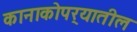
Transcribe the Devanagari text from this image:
कानाकोपर्‍यातील